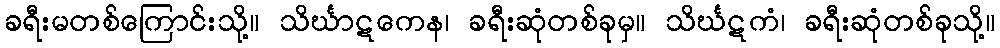
ခရီးမတစ်ကြောင်းသို့။ သိင်္ဃာဋကေန၊ ခရီးဆုံတစ်ခုမှ။ သိင်္ဃဋကံ၊ ခရီးဆုံတစ်ခုသို့။